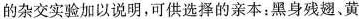
的杂交实验加以说明，可供选择的亲本：黑身残翅、黄